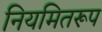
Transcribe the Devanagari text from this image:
नियमितरूप